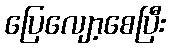
ပြေလျော့စေပြီး